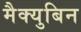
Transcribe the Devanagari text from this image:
मैक्युबिन